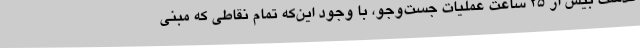
گذشت بیش از 25 ساعت عملیات جست‌وجو، با وجود این‌که تمام نقاطی که مبنی